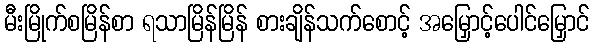
မီးမြိုက်စမြိန်စာ ရသာမြိန်မြိန် စားချိန်သက်စောင့် အမြှောင့်ပေါင်မြှောင်